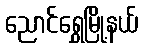
ညောင်ရွှေမြို့နယ်